Report of the Indian Hemp Drugs Commission, 1894-1895 - Volume VIII
Year: 1894
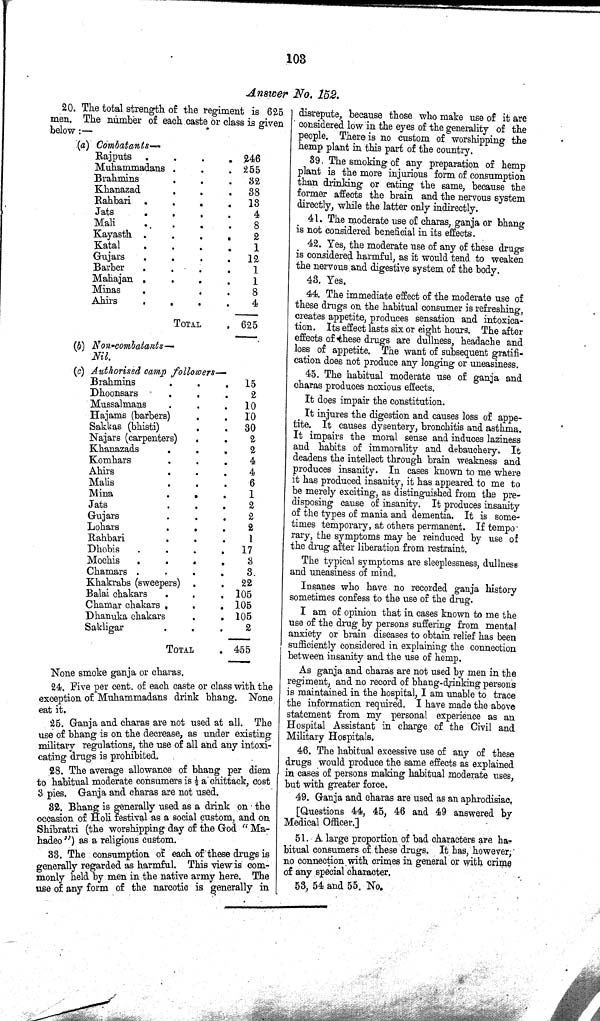
103
Answer No. 152.
20. The total strength of the regiment is 625
men. The number of each caste or class is given
below:—
(a) Combatants—
Rajputs
246
Muhammadans
255
Brahmins
32
Khanazad
38
Rahbari
13
Jats
4
Mali
8
Kayasth
2
Katal
1
Gujars
12
Barber
1
Mahajan
1
Minas
8
Ahirs
4
TOTAL
625
(b) Non-combatants—
Nil.
(c) Authorised camp followers—
Brahmins
15
Dhoonsars
2
Mussalmans
10
IIajams (barbers)
10
Sakkas (bhisti)
30
Najars (carpenters)
2
Khanazads
2
Komhars
4
Ahirs
4
Malis
6
Mina
1
Jats
2
Gujars
2
Lohars
2
Rahbari
1
Dhobis
17
Mochis
3
Chamars
3
Khakrabs (sweepers)
22
Balai chakars
105
Chamar chakars
105
Dhanuka chakars
105
Sakligar
2
TOTAL
455
None smoke ganja or charas.
24. Five per cent. of each caste or class with the
exception of Muhammadans drink bhang. None
eat it.
25. Ganja and charas are not used at all. The
use of bhang is on the decrease, as under existing
military regulations, the use of all and any intoxi¬
cating drugs is prohibited.
28. The average allowance of bhang per diem
to habitual moderate consumers is 1/2 a chittack, cost
3 pies. Ganja and charas are not used.
32. Bhang is generally used as a drink on the
occasion of Holi festival as a social custom, and on
Shibratri (the worshipping day of the God "Ma-
hadeo") as a religious custom.
33. The consumption of each of these drugs is
generally regarded as harmful. This view is com¬
monly held by men in the native army here. The
use of any form of the narcotic is generally in
disrepute, because those who make use of it are
considered low in the eyes of the generality of the
people. There is no custom of worshipping the
hemp plant in this part of the country.
39. The smoking of any preparation of hemp
plant is the more injurious form of consumption
than drinking or eating the same, because the
former affects the brain and the nervous system
directly, while the latter only indirectly.
41. The moderate use of charas, ganja or bhang
is not considered beneficial in its effects.
42. Yes, the moderate use of any of these drugs
is considered harmful, as it would tend to weaken
the nervous and digestive system of the body.
43. Yes.
44. The immediate effect of the moderate use of
these drugs on the habitual consumer is refreshing,
creates appetite, produces sensation and intoxica¬
tion. Its effect lasts six or eight hours. The after
effects of these drugs are dullness, headache and
loss of appetite. The want of subsequent gratifi¬
cation does not produce any longing or uneasiness.
45. The habitual moderate use of ganja and
charas produces noxious effects.
It does impair the constitution.
It injures the digestion and causes loss of appe¬
tite. It causes dysentery, bronchitis and asthma.
It impairs the moral sense and induces laziness
and habits of immorality and debauchery. It
deadens the intellect through brain weakness and
produces insanity. In cases known to me where
it has produced insanity, it has appeared to me to
be merely exciting, as distinguished from the pre¬
disposing cause of insanity. It produces insanity
of the types of mania and dementia. It is some¬
times temporary, at others permanent. If tempo
rary, the symptoms may be reinduced by use of
the drug after liberation from restraint.
The typical symptoms are sleeplessness, dullness
and uneasiness of mind.
Insanes who have no recorded ganja history
sometimes confess to the use of the drug.
I am of opinion that in cases known to me the
use of the drug by persons suffering from mental
anxiety or brain diseases to obtain relief has been
sufficiently considered in explaining the connection
between insanity and the use of hemp.
As ganja and charas are not used by men in the
regiment, and no record of bhang-drinking persons
is maintained in the hospital, I am unable to trace
the information required. I have made the above
statement from my personal experience as an
Hospital Assistant in charge of the Civil and
Military Hospitals.
46. The habitual excessive use of any of these
drugs would produce the same effects as explained
in cases of persons making habitual moderate uses,
but with greater force.
49. Ganja and charas are used as an aphrodisiac.
[Questions 44, 45, 46 and 49 answered by
Medical Officer.]
51. A large proportion of bad characters are ha-
bitual consumers of these drugs. It has, however;
no connection with crimes in general or with crime
of any special character.
53, 54 and 55. No.